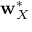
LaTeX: \mathbf { w } _ { X } ^ { * }